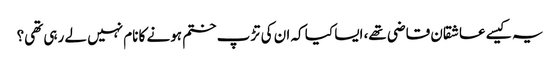
یہ کیسے عاشقان قاضی تھے، ایسا کیا کہ ان کی تڑپ ختم ہونے کا نام نہیں لے رہی تھی؟